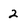
Character: 2